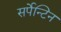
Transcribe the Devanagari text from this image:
सर्पेन्टिन